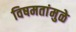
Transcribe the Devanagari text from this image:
विषमतांमुळे